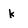
Character: k